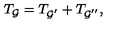
T _ { { \cal G } } = T _ { { \cal G } ^ { ^ { \prime } } } + T _ { { \cal G } ^ { ^ { \prime \prime } } } ,